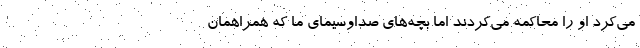
می‌کرد او را محاکمه می‌کردند اما بچه‌های صداوسیمای ما که همراهمان